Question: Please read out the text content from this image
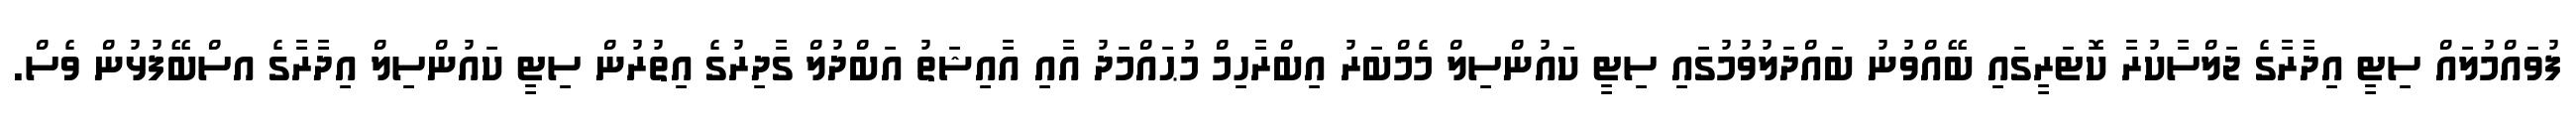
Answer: ފުވައްމުލައް ސިޓީ އިދާރާގެ ޖަލްސާކުރާ ކޮޓަރީގައި ބޭއްވުނު ބައްދަލުވުމުގައި ސިޓީ ކައުންސިލް މެމްބަރު އިބްރާހިމް މުޙައްމަދު އާއި އާއިޝަތު އަބްދުލް ގާދިރުގެ އިތުރުން ސިޓީ ކައުންސިލް އިދާރާގެ އސްބޭފުޅުން ވެސް.